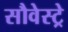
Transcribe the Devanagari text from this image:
सौवेस्ट्रे